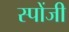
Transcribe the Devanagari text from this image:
स्पोंजी